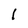
Character: 1